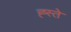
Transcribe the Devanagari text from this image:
ह्स्ते